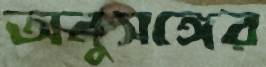
অনুসঙ্গের